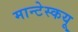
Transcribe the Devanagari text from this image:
मान्टेस्कयू